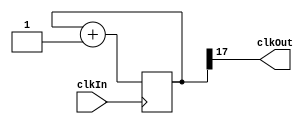
module Temporizador(clkIn, clkOut);
    input clkIn;
    output wire clkOut;
   
    parameter nDiv = 17; //
    reg[nDiv:0] freq;
   
    always@(posedge clkIn)
        begin   
            freq <= freq + 1;
        end
       
    assign clkOut = freq[nDiv];
endmodule